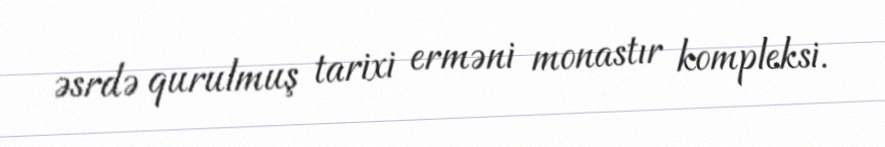
əsrdə qurulmuş tarixi erməni monastır kompleksi.